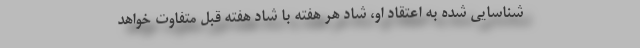
شناسایی شده به اعتقاد او، شاد هر هفته با شاد هفته قبل متفاوت خواهد